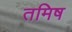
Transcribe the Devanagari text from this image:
तमिष